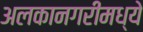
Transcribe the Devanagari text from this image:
अलकानगरीमध्ये